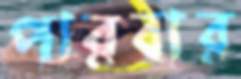
পারবার